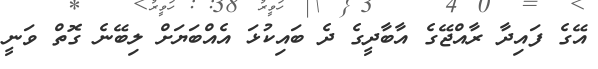
އޭގެ ފައިދާ ރާއްޖޭގެ އާބާދީގެ ދެ ބައިކުޅަ އެއްބަޔަށް ލިބޭނެ ގޮތް ވަނީ